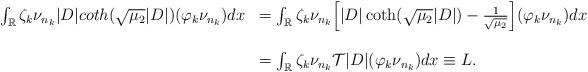
LaTeX: \begin{align*}\begin{array}{ll}\int_{\mathbb R} \zeta_k \nu_{n_k} |D|coth(\sqrt{\mu_2}|D|)(\varphi_k \nu_{n_k})dx&=\int_{\mathbb R} \zeta_k \nu_{n_k} \Big[|D|\coth(\sqrt{\mu_2}|D|)-\frac{1}{\sqrt{\mu_2}}\Big](\varphi_k\nu_{n_k})dx\\\\&= \int_{\mathbb R} \zeta_k \nu_{n_k} \mathcal T|D|(\varphi_k\nu_{n_k})dx\equiv L.\end{array}\end{align*}